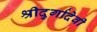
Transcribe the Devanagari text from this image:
श्रीदुर्गादेवी